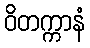
ဝိတက္ကာနံ